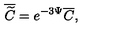
\overline { { \widetilde { C } } } = e ^ { - 3 \Psi } \overline { { C } } ,